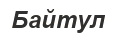
Байтул